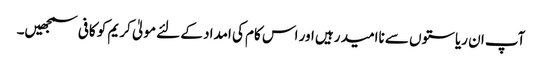
آپ ان ریاستوں سے ناامید رہیں اور اس کام کی امداد کے لئے مولیٰ کریم کو کافی سمجھیں۔